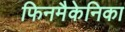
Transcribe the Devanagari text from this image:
फिनमैकेनिका